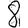
Digit: 8